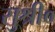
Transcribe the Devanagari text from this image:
सुश्री०